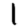
Digit: 1